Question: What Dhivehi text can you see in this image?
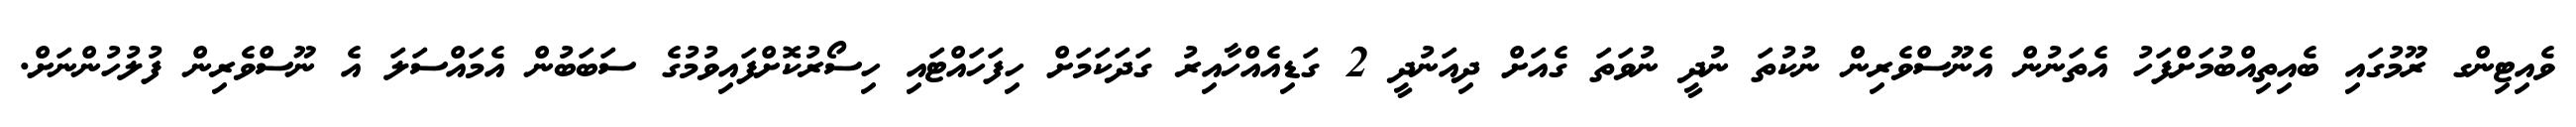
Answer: ވެއިޓިންގ ރޫމުގައި ބެއިތިއްބުމަށްފަހު އެތަނުން އެނޫސްވެރިން ނުކުތަ ނުދީ ނުވަތަ ގެއަށް ދިއަނުދީ 2 ގަޑިއެއްހާއިރު ގަދަކަމަށް ހިފަހައްޓައި ހިސޯރުކޮށްފައިވުމުގެ ސަބަބުން އެމައްސަލަ އެ ނޫސްވެރިން ފުލުހުންނަށް.